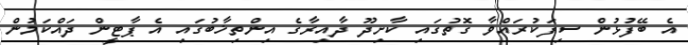
އެ ބޭފުޅުން ސިފަކުރައްވާ ގޮތުގައި ކާށިދޫ ދާއިރާގެ އިންތިޚާބުގައި އެ ޕާޓީން ދައްކަމުން